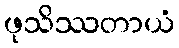
ဖုသိဿတာယံ